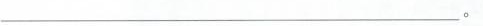
___。